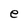
Character: e